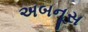
અબનૂસ